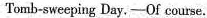
Tomb-sweeping Day.—of course.